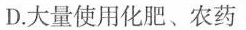
D.大量使用化肥、农药